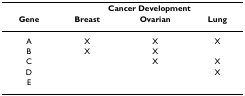
<table><thead><tr><td></td><td colspan="3"><b>Cancer Development</b></td></tr><tr><td><b>Gene</b></td><td><b>Breast</b></td><td><b>Ovarian</b></td><td><b>Lung</b></td></tr></thead><tbody><tr><td>A</td><td>X</td><td>X</td><td>X</td></tr><tr><td>B</td><td>X</td><td>X</td><td></td></tr><tr><td>C</td><td></td><td>X</td><td>X</td></tr><tr><td>D</td><td></td><td></td><td>X</td></tr><tr><td>E</td><td></td><td></td><td></td></tr></tbody></table>